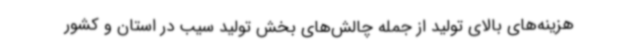
هزینه‌های بالای تولید از جمله چالش‌های بخش تولید سیب در استان و کشور